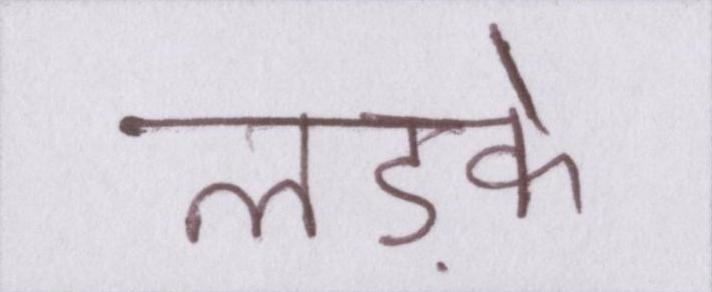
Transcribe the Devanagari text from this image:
लड़के